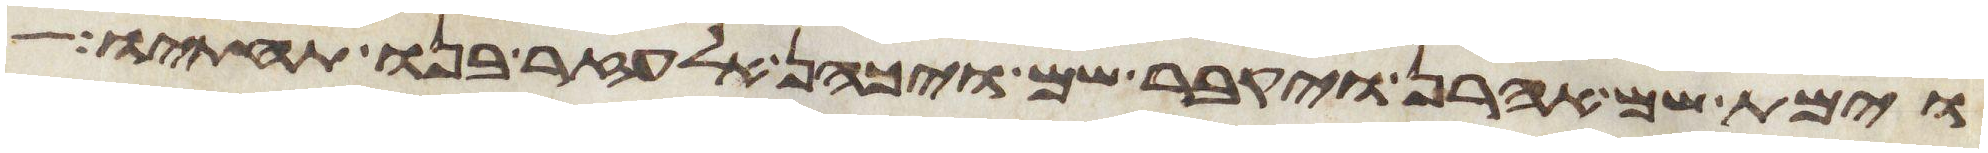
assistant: וימת שם אהרן ויקבר שם ויכהן אלעזר בנו תחתיו